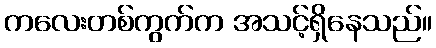
ကလေးတစ်ကွက်က အသင့်ရှိနေသည်။